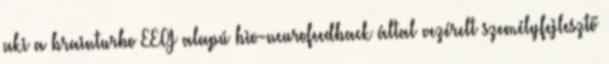
aki a brainturbo EEG alapú bio-neurofeedback által vezérelt személyfejlesztő